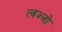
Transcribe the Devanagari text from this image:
त्वज्जो